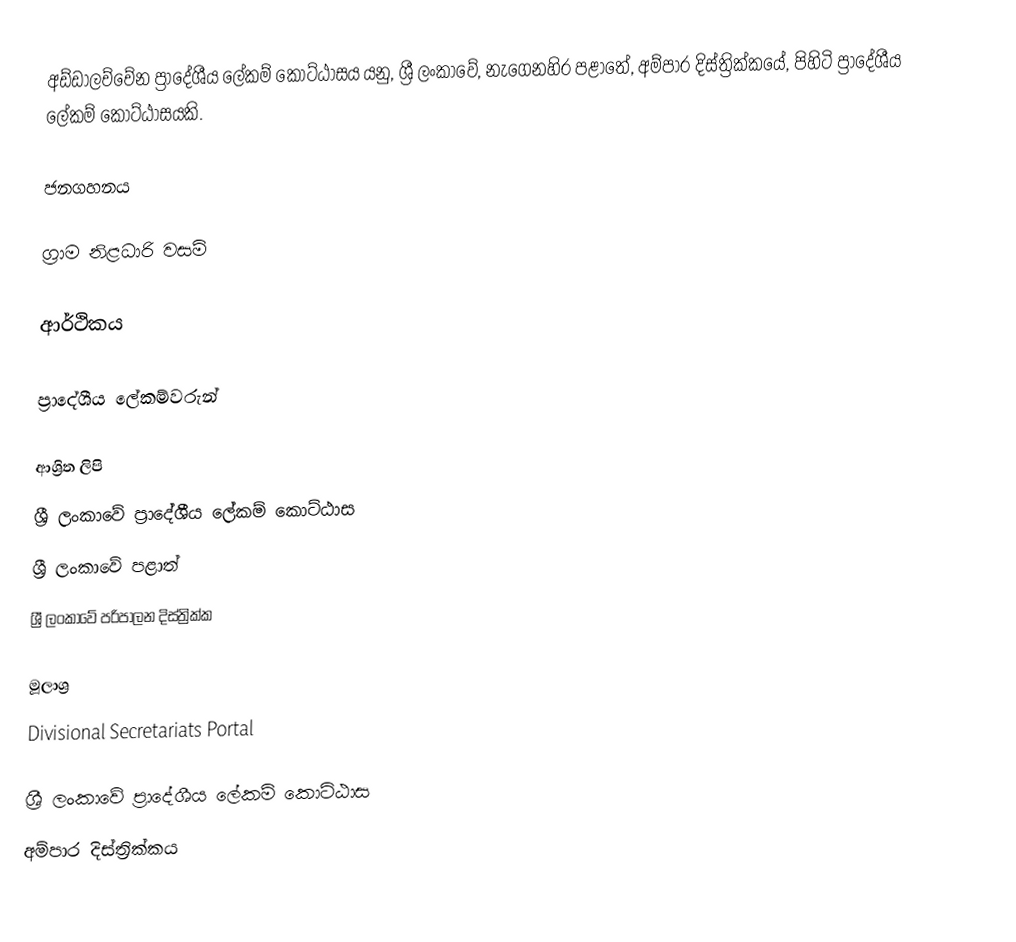
අඩ්ඩාලච්චේන ප්‍රාදේශීය ලේකම් කොට්ඨාසය යනු,  ශ්‍රී ලංකාවේ, නැගෙනහිර පළාතේ,   අම්පාර දිස්ත්‍රික්කයේ, පිහිටි ප්‍රාදේශීය ලේකම් කොට්ඨාසයකි.

ජනගහනය

ග්‍රාම නිළධාරි වසම්

ආර්ථිකය

ප්‍රාදේශීය ලේකම්වරුන්

ආශ්‍රිත ලිපි
ශ්‍රී ලංකාවේ ප්‍රාදේශීය ලේකම් කොට්ඨාස
ශ්‍රී ලංකාවේ පළාත්
ශ්‍රී ලංකාවේ පරිපාලන දිස්ත්‍රික්ක

මූලාශ්‍ර
 Divisional Secretariats Portal

ශ්‍රී ලංකාවේ ප්‍රාදේශීය ලේකම් කොට්ඨාස
අම්පාර දිස්ත්‍රික්කය